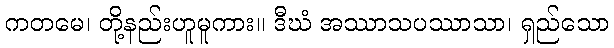
ကတမေ၊ တို့နည်းဟူမူကား။ ဒီဃံ အဿာသပဿာသာ၊ ရှည်သော